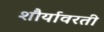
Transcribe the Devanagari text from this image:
शौर्यावरती